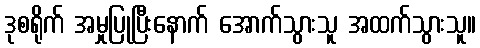
ဒုစရိုက် အမှုပြုပြီးနောက် အောက်သွားသူ အထက်သွားသူ။